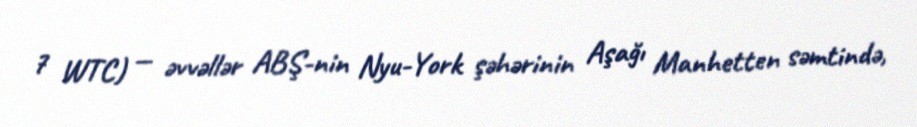
7 WTC) — əvvəllər ABŞ-nin Nyu-York şəhərinin Aşağı Manhetten səmtində,